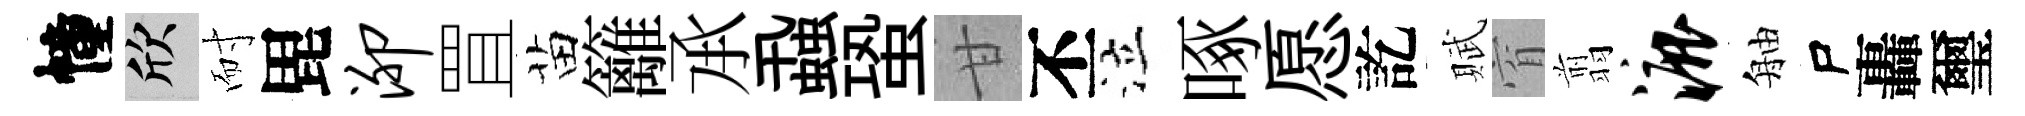
幢欣耐毘泖罝苗籬𠄘蝨蛩甘丕泣啄愿訖賦窅翦漉舳尸轟璽